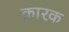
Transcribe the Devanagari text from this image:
क्रारक